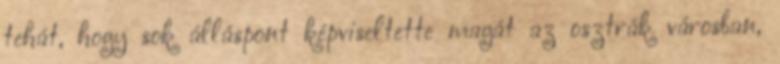
tehát, hogy sok álláspont képviseltette magát az osztrák városban,